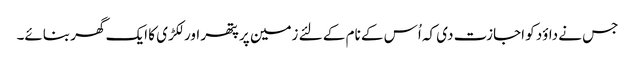
جس نے داؤد کو اجازت دی کہ اُس کے نام کے لئے زمین پر پتھر اور لکڑی کا ایک گھر بنائے۔